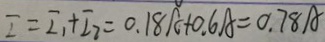
I = I _ { 1 } + I _ { 2 } = 0 . 1 8 A + 0 . 6 A = 0 . 7 8 A